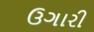
ઉગારી